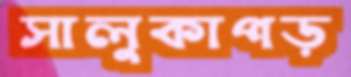
সালুকাপড়